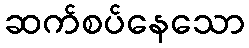
ဆက်စပ်နေသော